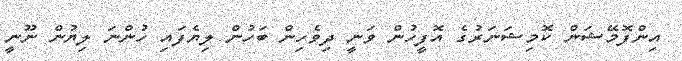
އިންފޮމޭޝަން ކޮމިޝަނަރުގެ އޮފީހުން ވަނީ ދިވެހިން ބަހުން ލިޔެފައި ހުންނަ ލިޔުން ނޫނީ